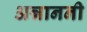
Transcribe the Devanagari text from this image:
अन्नाननी